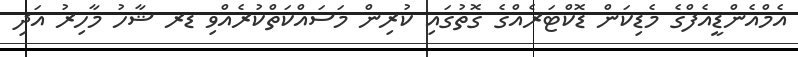
އެމްއެންޑީއެފްގެ މެޑިކަން ޑޮކްޓަރެއްގެ ގޮތުގައި ކުރިން މަސައްކަތްކުރެއްވި ޑރ ޝާހު މާހިރު އަދި